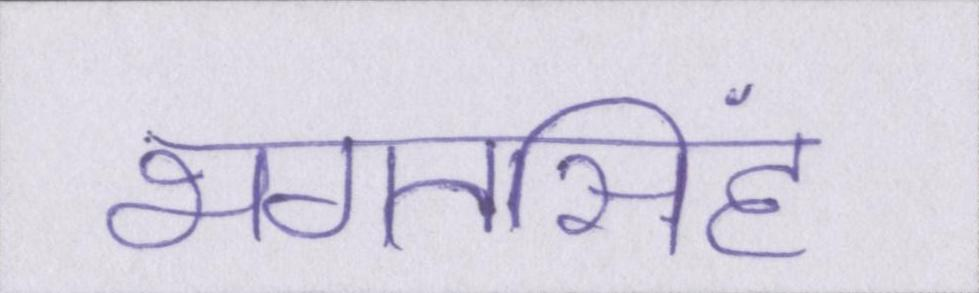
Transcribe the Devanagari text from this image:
भगतसिंह